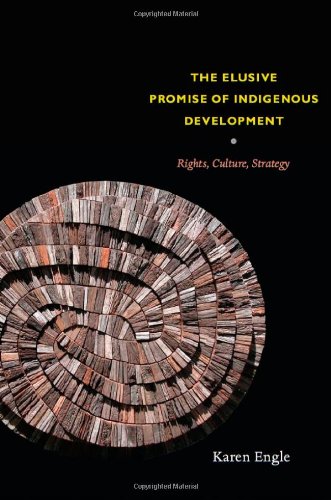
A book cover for The Elusive Promise of Indigenous Development: Rights, Culture, Strategy; Karen Engle; Law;